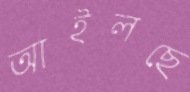
আইলছে